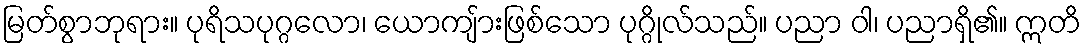
မြတ်စွာဘုရား။ ပုရိသပုဂ္ဂလော၊ ယောကျ်ားဖြစ်သော ပုဂ္ဂိုလ်သည်။ ပညာ ဝါ၊ ပညာရှိ၏။ ဣတိ